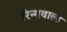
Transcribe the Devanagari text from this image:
रिन्गवाल्ड